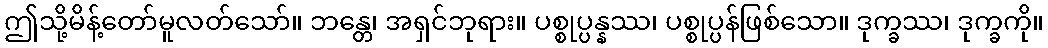
ဤသို့မိန့်တော်မူလတ်သော်။ ဘန္တေ၊ အရှင်ဘုရား။ ပစ္စုပ္ပန္နဿ၊ ပစ္စုပ္ပန်ဖြစ်သော။ ဒုက္ခဿ၊ ဒုက္ခကို။